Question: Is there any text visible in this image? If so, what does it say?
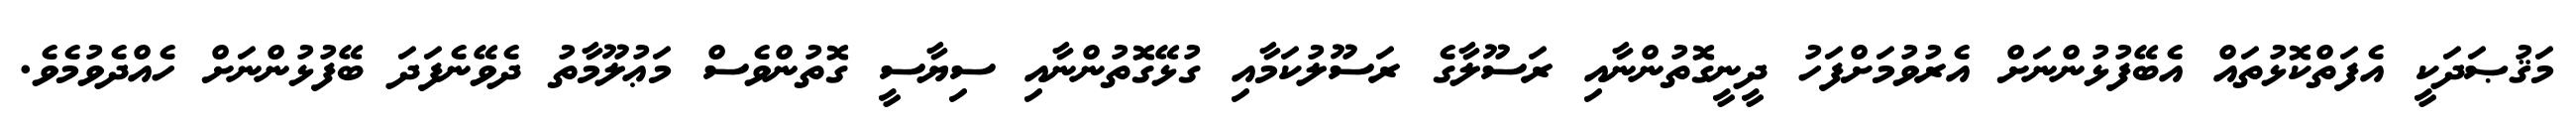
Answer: މަޤުޞަދަކީ އެފަތްކޮޅުތައް އެބޭފުޅުންނަށް އެރުވުމަށްފަހު ދީނީގޮތުންނާއި ރަސޫލާގެ ރަސޫލުކަމާއި ގުޅޭގޮތުންނާއި ސިޔާސީ ގޮތުންވެސް މަޢުލޫމާތު ދެވޭނެފަދަ ބޭފުޅުންނަށް ހެއްދެވުމެވެ.